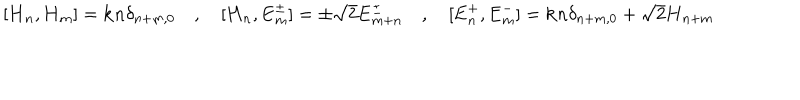
[ \mathbf { H } _ { n } , \mathbf { H } _ { m } ] = \mathbf { k } n \delta _ { n + m , 0 } \quad , \quad [ \mathbf { H } _ { n } , \mathbf { E } _ { m } ^ { \pm } ] = \pm \sqrt 2 \mathbf { E } _ { m + n } ^ { \pm } \quad , \quad [ \mathbf { E } _ { n } ^ { + } , \mathbf { E } _ { m } ^ { - } ] = \mathbf { k } n \delta _ { n + m , 0 } + \sqrt 2 \mathbf { H } _ { n + m } \quad